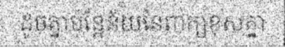
ដូចគ្នាប៉ុន្តែន័យនៃពាក្យខុសគ្នា